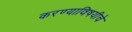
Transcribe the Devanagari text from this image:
करण्याविषयीचे